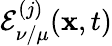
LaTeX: \mathcal{E}_{\nu/\mu}^{(j)}(\mathbf{x},t)